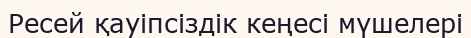
Ресей қауіпсіздік кеңесі мүшелері